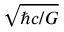
\sqrt { \hbar c / G }